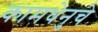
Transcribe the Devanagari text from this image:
कामधेनुचे